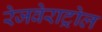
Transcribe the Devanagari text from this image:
रेजवेराट्रोल